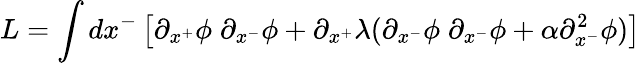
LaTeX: L=\int dx^{-}\left[\partial_{x^{+}}\phi\; \partial_{x^{-}}\phi+\partial_{x^{+}}\lambda(\partial_{x^{-}}\phi\; \partial_{x^{-}}\phi+\alpha\partial_{x^{-}}^{2}\phi)\right]